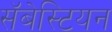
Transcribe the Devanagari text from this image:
सॅबेस्टियन